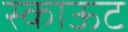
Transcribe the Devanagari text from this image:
स्काऊट